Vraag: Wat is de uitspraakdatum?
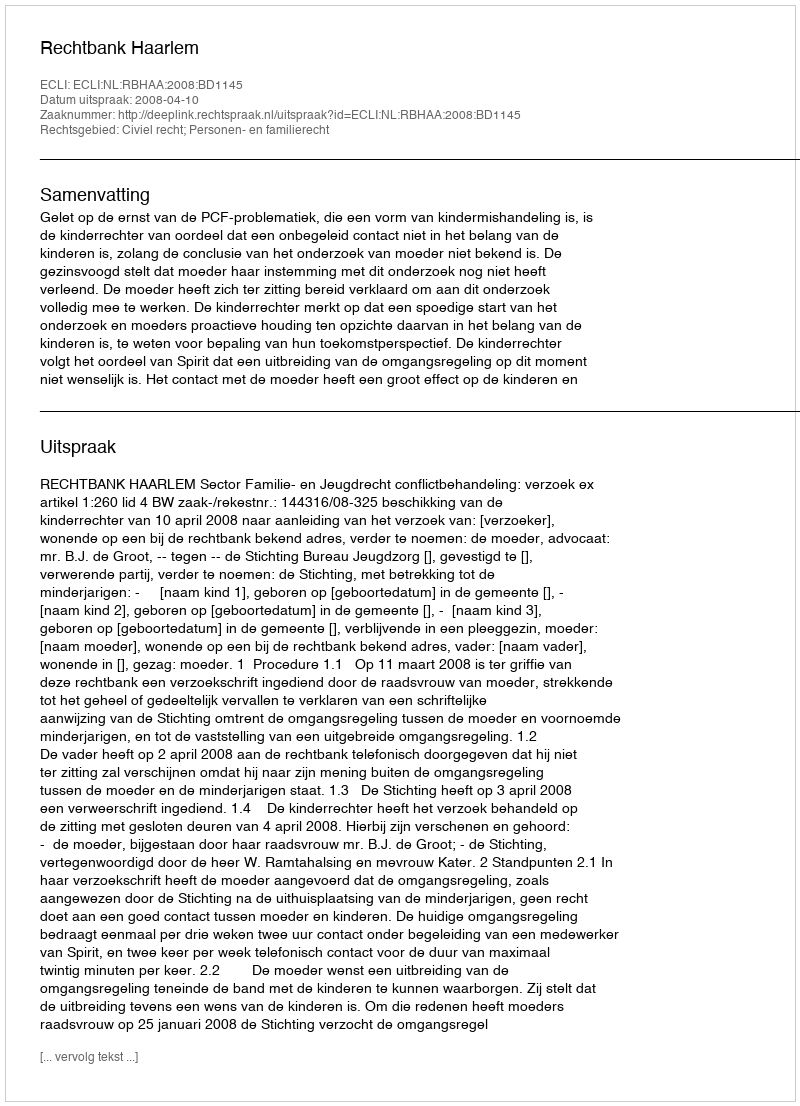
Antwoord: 2008-04-10